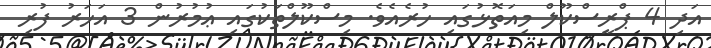
އަދި 4 ޕްރީސްކޫލް މިއަތޮޅުގައި ހުރެއެވެ. މިސްކޫލްތަކުގައި ޢުމުރުން 3 އަހަރު ފުރި